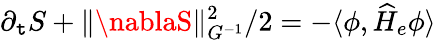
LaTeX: \partial_{\mathtt{t}}S+\| \nablaS\| _{G^{-1}}^{2}/2=-\langle\phi,\widehat{H}_{e}\phi\rangle